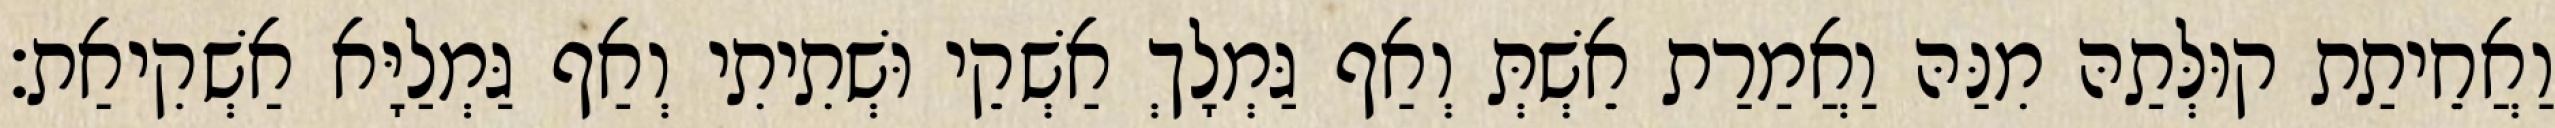
וַאֲחֵיתַת קוּלְּתַהּ מִנַּהּ וַאֲמַרַת אֵשְׁתְּ וְאַף גַּמְלָךְ אַשְׁקֵי וּשְׁתִיתִי וְאַף גַּמְלַיָּא אַשְׁקִיאַת׃